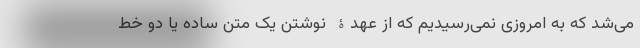
می‌شد که به امروزی نمی‌رسیدیم که از عهدۀ نوشتن یک متن ساده یا دو خط